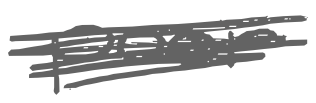
Text: poor
Cross-out: scratch
Writing tool: digital_gray